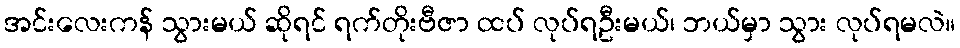
အင်းလေးကန် သွားမယ် ဆိုရင် ရက်တိုးဗီဇာ ထပ် လုပ်ရဦးမယ်၊ ဘယ်မှာ သွား လုပ်ရမလဲ။